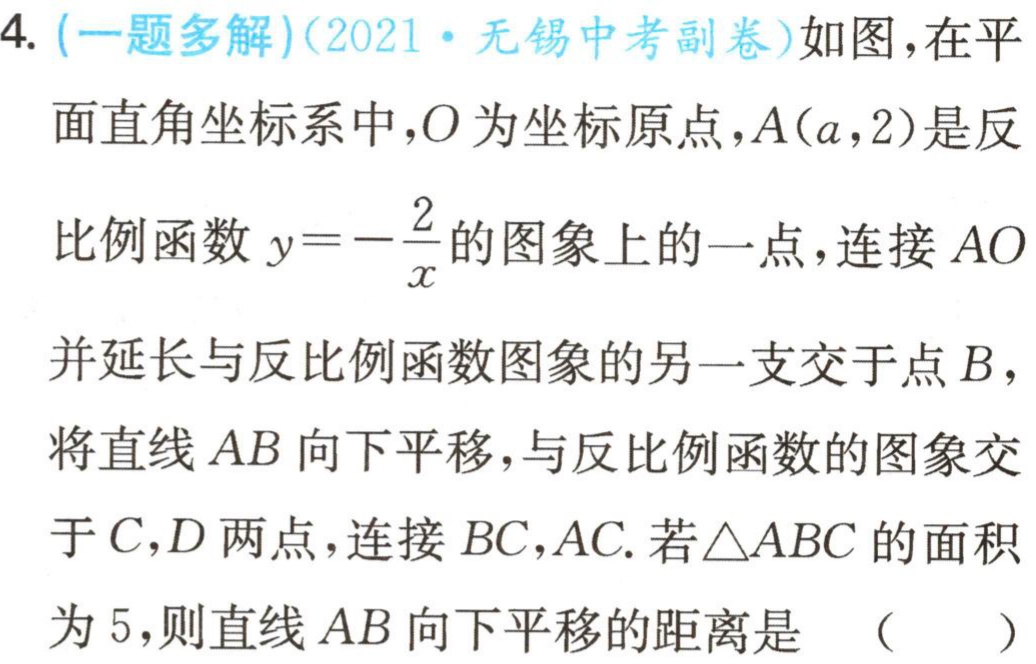
4. (一题多解)(2021·无锡中考副卷)如图，在平面直角坐标系中，\(O\)为坐标原点，\(A(a,2)\)是反比例函数\(y = -\dfrac{2}{x}\)的图象上的一点，连接\(AO\)并延长与反比例函数图象的另一支交于点\(B\)，将直线\(AB\)向下平移，与反比例函数的图象交于\(C,D\)两点，连接\(BC,AC\). 若\(\triangle ABC\)的面积为\(5\)，则直线\(AB\)向下平移的距离是 （  ）